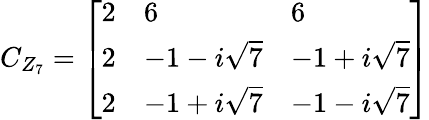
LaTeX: C_{Z_{7}}=\left[\begin{array}{lll}{{2}}&{{6}}&{{6}}\\ {{2}}&{{{{-1-i\sqrt{7}}}}}&{{{{-1+i\sqrt{7}}}}}\\ {{2}}&{{{{-1+i\sqrt{7}}}}}&{{{{-1-i\sqrt{7}}}}}\end{array}\right]